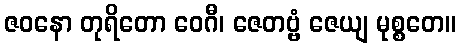
ဇဝနော တုရိတော ဝေဂီ၊ ဇေတဗ္ဗံ ဇေယျ မုစ္စတေ။